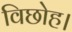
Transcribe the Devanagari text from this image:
विछोह।